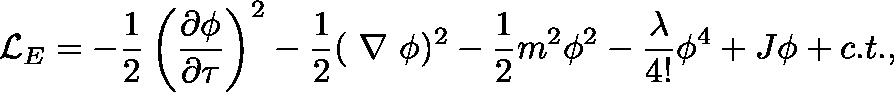
{ \cal L } _ { E } = - \frac { 1 } { 2 } \left( \frac { \partial \phi } { \partial \tau } \right) ^ { 2 } - \frac { 1 } { 2 } ( \mathrm { \boldmath ~ \nabla ~ } \phi ) ^ { 2 } - \frac { 1 } { 2 } m ^ { 2 } \phi ^ { 2 } - \frac { \lambda } { 4 ! } \phi ^ { 4 } + J \phi + c . t . ,